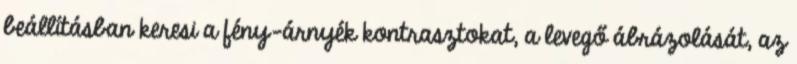
beállításban keresi a fény-árnyék kontrasztokat, a levegő ábrázolását, az